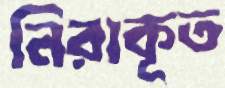
নিরাকূত